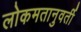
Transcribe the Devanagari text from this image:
लोकमतानुवर्ती